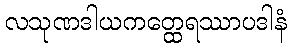
လသုဏဒါယကတ္ထေရဿာပဒါနံ